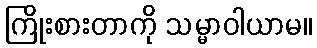
ကြိုးစားတာကို သမ္မာဝါယာမ။